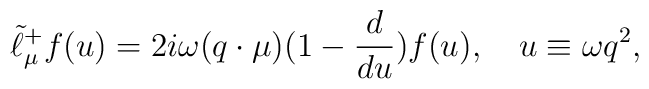
\tilde{\ell}_{\mu}^+f(u)=2i\omega(q\cdot\mu)(1-{d\over{du}})f(u),\quad   u\equiv\omega q^2,